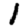
Digit: 1